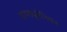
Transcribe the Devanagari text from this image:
डायड्युमेनियन